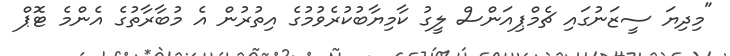
"މިދިޔަ ސީޒަނުގައި ޗެމްޕިއަންސް ލީގު ކާމިޔާބުކުރެވުމުގެ އިތުރުން އެ މުބާރާތުގެ އެންމެ ޓޮޕް